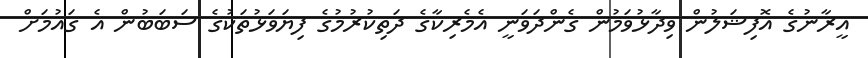
އީރާނުގެ އޮފިޝަލުން ވިދާޅުވަމުން ގެންދަވަނީ އެމެރިކާގެ ދަތިކުރުމުގެ ފިޔަވަޅުތަކުގެ ސަބަބުން އެ ގައުމަށް